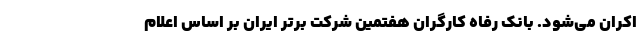
اکران می‌شود. بانک رفاه کارگران هفتمین شرکت برتر ایران بر اساس اعلام